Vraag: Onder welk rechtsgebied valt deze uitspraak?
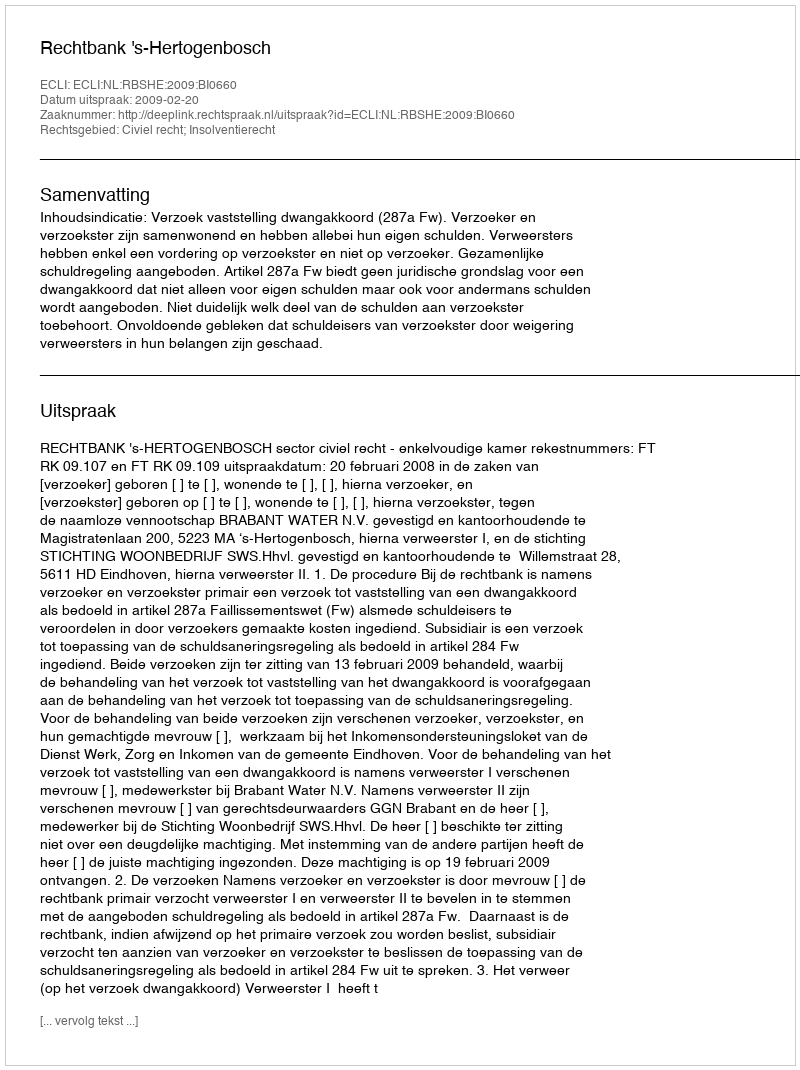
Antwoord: Civiel recht; Insolventierecht